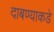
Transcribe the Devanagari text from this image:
दाबण्याकडे